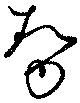
勢